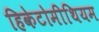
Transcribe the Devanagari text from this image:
हिकेटोमीथियम